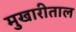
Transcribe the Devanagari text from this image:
मुखारीताल